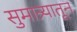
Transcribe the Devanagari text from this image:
सुमात्र्यातून